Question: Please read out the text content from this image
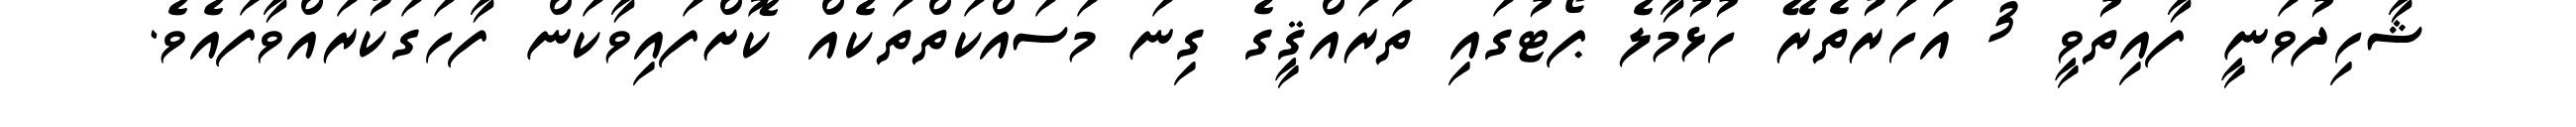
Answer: ޝާހިދުވަނީ ފާއިތުވީ 3 އަހަރުތެރޭ ހުޅުމާލެ ޕޯޓުގައި ތަރައްޤީގެ ގިނަ މަސައްކަތްތަކެއް ކޮށްފައިވާކަން ފާހަގަކުރައްވާފައެވެ.